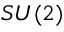
S U ( 2 )